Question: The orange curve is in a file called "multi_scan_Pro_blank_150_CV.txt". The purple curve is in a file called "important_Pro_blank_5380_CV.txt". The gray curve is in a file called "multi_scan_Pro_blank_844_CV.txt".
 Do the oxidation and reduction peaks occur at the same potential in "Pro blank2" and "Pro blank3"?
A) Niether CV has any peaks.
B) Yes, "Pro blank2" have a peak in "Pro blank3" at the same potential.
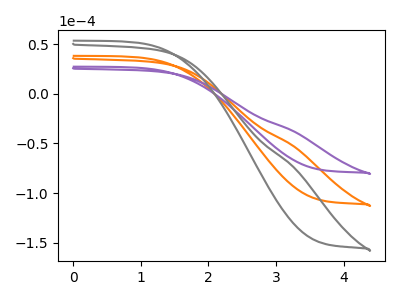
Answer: <think>The orange curve "Pro blank1" has no peaks. The purple curve "Pro blank2" has no peaks. The gray curve "Pro blank3" has no peaks.</think>
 <answer>A) Niether CV has any peaks.</answer>
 <eval>A</eval>